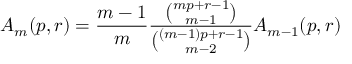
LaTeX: A _ { m } ( p , r ) = { \frac { m - 1 } { m } } { \frac { \binom { m p + r - 1 } { m - 1 } } { \binom { ( m - 1 ) p + r - 1 } { m - 2 } } } A _ { m - 1 } ( p , r )